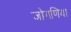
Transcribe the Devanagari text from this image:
जोगणिया